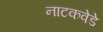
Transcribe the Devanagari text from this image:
नाटकवेडे